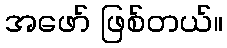
အဖော် ဖြစ်တယ်။